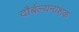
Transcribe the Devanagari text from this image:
दौर्बल्यनाशक